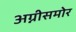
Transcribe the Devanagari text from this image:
अग्नीसमोर